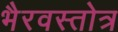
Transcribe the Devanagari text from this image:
भैरवस्तोत्र